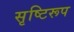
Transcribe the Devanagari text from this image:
सृष्टिरूप